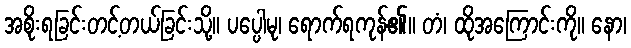
အစိုးရခြင်းတင့်တယ်ခြင်းသို့။ ပပ္ပေါမု၊ ရောက်ရကုန်၏။ တံ၊ ထိုအကြောင်းကို။ နော၊